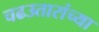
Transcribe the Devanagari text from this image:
चढउतारांच्या